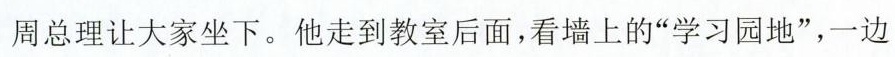
周总理让大家坐下。他走到教室后面，看墙上的”学习园地”，一边